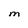
Character: M